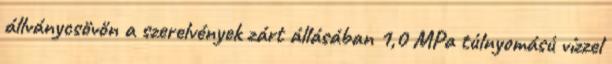
állványcsövön a szerelvények zárt állásában 1,0 MPa túlnyomású vízzel